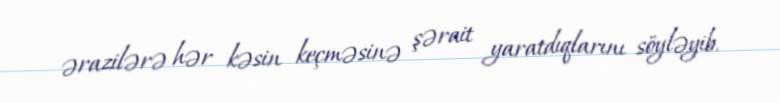
ərazilərə hər kəsin keçməsinə şərait yaratdıqlarını söyləyib.